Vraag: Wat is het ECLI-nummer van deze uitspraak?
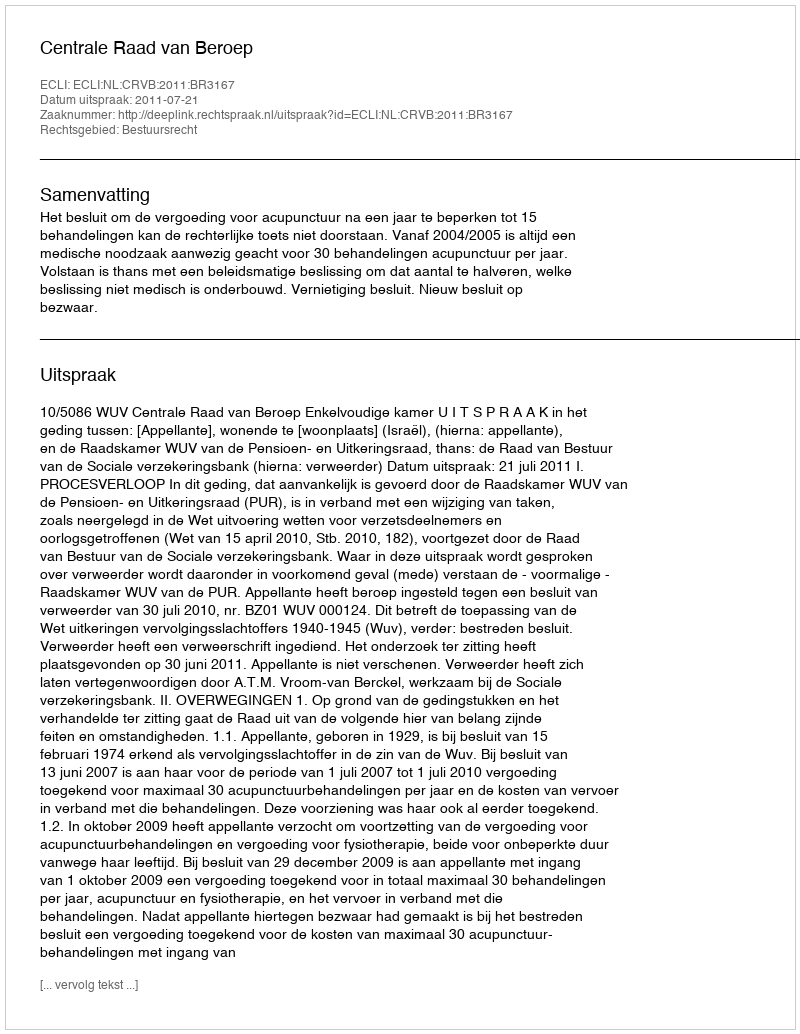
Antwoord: ECLI:NL:CRVB:2011:BR3167